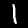
Label: 1